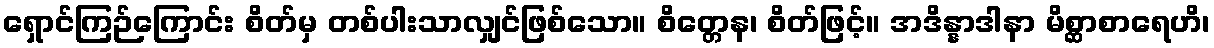
ရှောင်ကြဉ်ကြောင်း စိတ်မှ တစ်ပါးသာလျှင်ဖြစ်သော။ စိတ္တေန၊ စိတ်ဖြင့်။ အဒိန္နာဒါနာ မိစ္ဆာစာရေဟိ၊